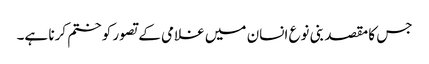
جس کا مقصد بنی نوع انسان میں غلامی کے تصور کو ختم کرنا ہے۔